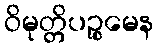
ဝိမုတ္တိပဉ္စမေန